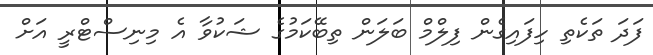
ފަދަ ތަކެތި ހިފައިގެން ފިލްމް ބަލަން ތިބޭކަމުގެ ޝަކުވާ އެ މިނިސްޓްރީ އަށް